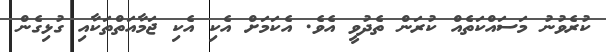
ކުރެވުނު މަސައްކަތެއް ކުރަން ތެދުވީ އެވެ. އެކަމަށް އެކި އެކި ޖަމާއަތްތަކާއި ގުޅިގެން